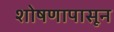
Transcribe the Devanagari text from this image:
शोषणापासून